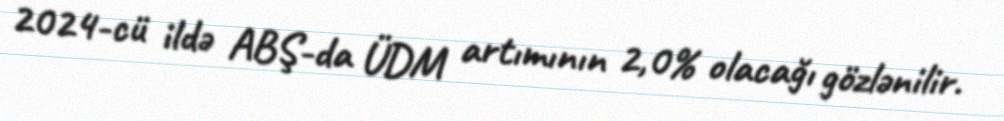
2024-cü ildə ABŞ-da ÜDM artımının 2,0% olacağı gözlənilir.